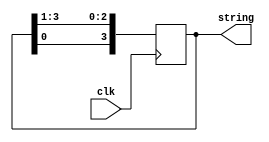
`timescale 1ns / 1ns

module shift_reg_cir(string, clk);

output reg [3:0] string = 4'b1000;
input clk;

always @(posedge clk)
begin
    string[2] <= string[3];
    string[1] <= string[2];
    string[0] <= string[1];
    string[3] <= string[0];
end

endmodule